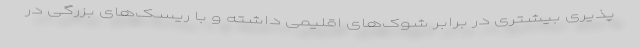
پذیری بیشتری در برابر شوک‌های اقلیمی داشته و با ریسک‌های بزرگی در